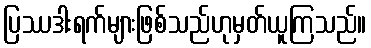
ပြဿဒါးရက်များဖြစ်သည်ဟုမှတ်ယူကြသည်။